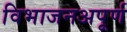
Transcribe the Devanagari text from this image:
विभाजनअपूर्ण